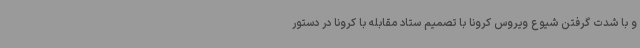
و با شدت گرفتن شیوع ویروس کرونا با تصمیم ستاد مقابله با کرونا در دستور